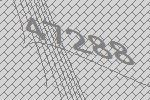
47288